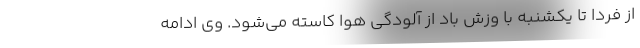
از فردا تا یکشنبه با وزش باد از آلودگی هوا کاسته می‌شود. وی ادامه